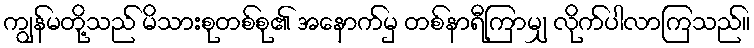
ကျွန်မတို့သည် မိသားစုတစ်စု၏ အနောက်မှ တစ်နာရီကြာမျှ လိုက်ပါလာကြသည်။